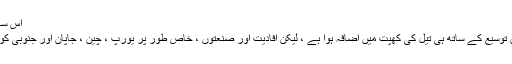
اس سال پیداوار ہے پیش گوئی 100 ایم پی پی ڈی میں.
اگرچہ حالیہ برسوں کے دوران عالمی معیشت میں توسیع کے ساتھ ہی تیل کی کھپت میں اضافہ ہوا ہے ، لیکن افادیت اور صنعتوں ، خاص طور پر یورپ ، چین ، جاپان اور جنوبی کوریا میں ، کی طلب میں حد سے تجاوز ہو گیا ہے۔